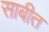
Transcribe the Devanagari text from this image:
साबीत